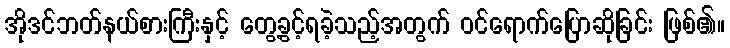
အိုဒင်ဘတ်နယ်စားကြီးနှင့် တွေ့ခွင့်ရခဲ့သည့်အတွက် ဝင်ရောက်ပြောဆိုခြင်း ဖြစ်၏။